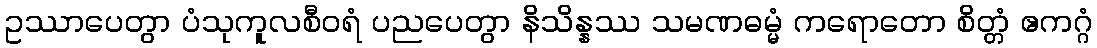
ဥဿာပေတွာ ပံသုကူလစီဝရံ ပညပေတွာ နိသိန္နဿ သမဏဓမ္မံ ကရောတော စိတ္တံ ဧကဂ္ဂံ